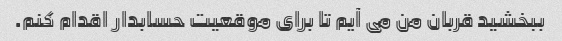
ببخشید قربان من می آیم تا برای موقعیت حسابدار اقدام کنم.